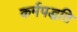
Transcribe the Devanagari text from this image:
कर्मपद्धति